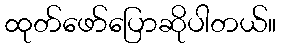
ထုတ်ဖော်ပြောဆိုပါတယ်။